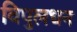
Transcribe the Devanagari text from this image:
विपुलधन